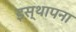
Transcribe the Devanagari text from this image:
इस्थापना